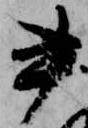
書